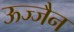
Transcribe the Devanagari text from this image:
ऊज्जैन